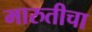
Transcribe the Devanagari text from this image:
मारुतीचा